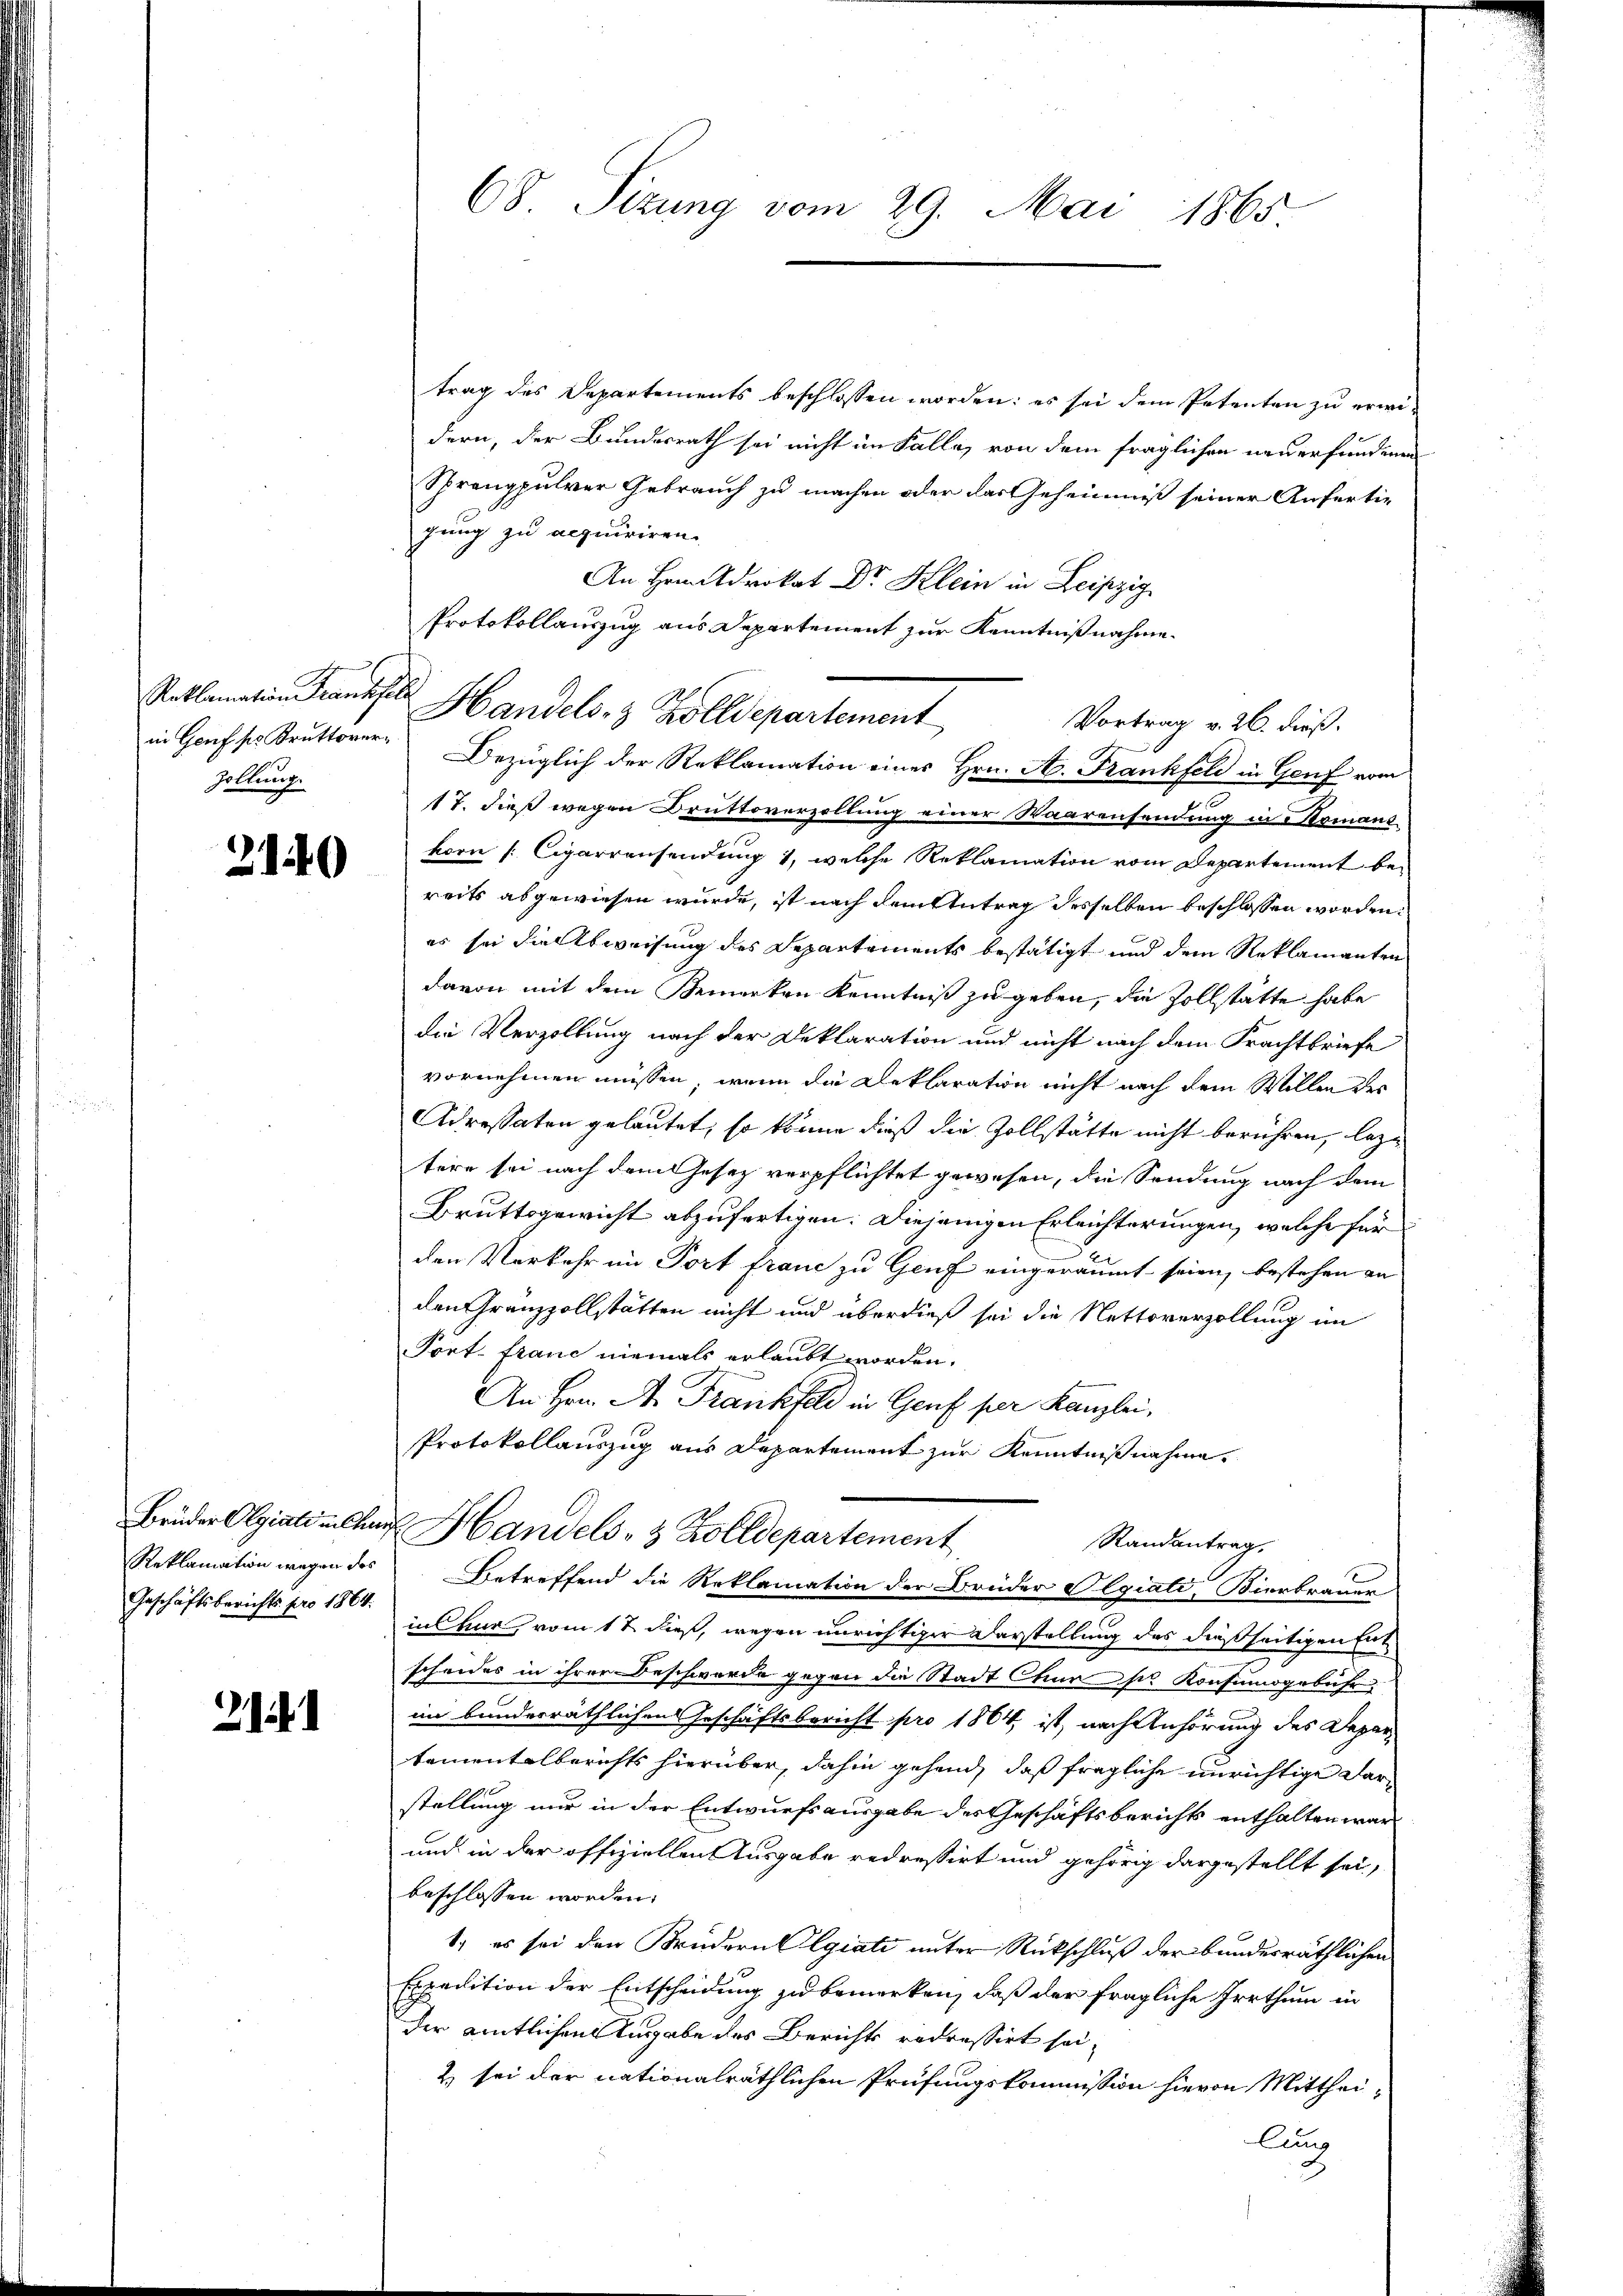
Zollung

2140

Geschäftsberichts pro 1864.

2

trag des Departements beschlossen worden: es sei dem Petenten zu erwidern, der Bundesrath sei nicht im Falle, von dem fraglichen neuerfundenen
Sprengpulver Gebrauch zu machen oder das Geheimniß seiner Anfertig
gung zu acquiriren.
An Hrn. Advokat Dr. Klein in Leipzig
Protokollauszug aus Departement zur Kenntnißnahme.
Vortrag v. 26. dieß.
in Genf ses Kruttoren Bezüglich der Reklamation eines Hrn. A. Frankfeld in Genf vom
.
17. dieß wegen Druttoverzollung einer Waarensendung in Romans
korn [: Cigarrensendung 1, welche Reklamation vom Departement bereits abgewiesen wurde, ist nach dem Antrag desselben beschlossen worden.
es sei die Abweisung des Departements bestätigt und dem Reklamanten
davon mit dem Bemerken Kenntniß zu geben, die Zollstätte habe
die Verzöllung nach der Deklaration und nicht nach dem Frachtbriefe
vornehmen müssen, wenn die Deklaration nicht nach dem Willen des
Adressaten gelautet, so könne dieß die Zollstätte nicht berühren, leztere sei nach dem Gesetz verpflichtet gewesen, die Sendung nach dem
Bruttsgewicht abzufertigen. Diejenigen Erleichterungen, welche für
den Verkehr im Tort fraue zu Genf eingeräumt seien, bestehen an
den Gränzzollstätten nicht und überdieß sei die Nettoverzollung im
Port. franc niemals erlaubt worden.
An Hrn. A. Frankfeld in Genf per Kanzlei,
Protokollauszug aus Departement zur Kenntnißnahme.
Brüder Olgiali alten Handels- & Zolldepartement
Randantrag,
Reklamation wegen des Betreffend die Reklamation der Brüder Olgiati, Bierbrauer
in Chur, vom 1 t dieß, wegen unrichtiger Darstellung des dießseitigen Ent
scheides in ihrer Beschwerde gegen die Stadt Chur sie Konsumsgebühr
im bundesräthlichen Geschäftsbericht pro 1864, ist, nach Anhörung des Departementalberichts hierüber, dahin gehend, daß fragliche unrichtige Darstellung nur in der Entwurfsausgabe des Geschäftsberichts enthalten war
und in der offiziellen Ausgabe redressirt und gehörig dargestellt sei,
beschlossen worden.
1.) es sei den Brüdern Olgiati unter Rückschluß der bundesräthlichen
Expedition der Entscheidung zu bemerken, daß der fragliche Irrthum in
der amtlichen Angabe des Berichts redressirt sei,
2) sei der nationalräthlichen Prüfungskommission hievon Mittheilung

68 Sizung vom 29. Mai 1865

Reklamation Franke Handels- & Zolldepartement